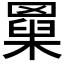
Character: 𦌆